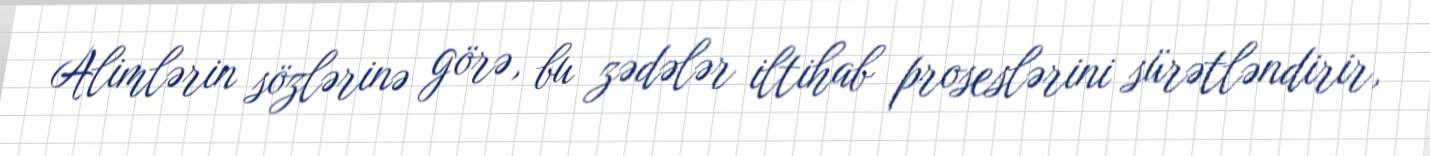
Alimlərin sözlərinə görə, bu zədələr iltihab proseslərini sürətləndirir,